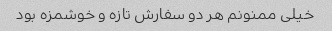
خیلی ممنونم هر دو سفارش تازه و خوشمزه بود